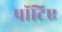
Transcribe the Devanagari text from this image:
पॉटिए